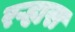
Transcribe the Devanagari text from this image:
रऱ्हास